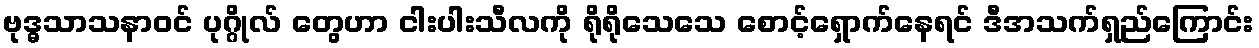
ဗုဒ္ဓသာသနာဝင် ပုဂ္ဂိုလ် တွေဟာ ငါးပါးသီလကို ရိုရိုသေသေ စောင့်ရှောက်နေရင် ဒီအသက်ရှည်ကြောင်း